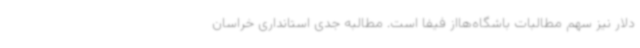
دلار نیز سهم مطالبات باشگاه‌هااز فیفا است. مطالبه جدی استانداری خراسان